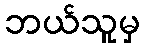
ဘယ်သူမှ